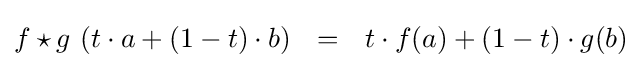
f\star g~(t\cdot a+(1-t)\cdot b)~~=~~t\cdot f(a)+(1-t)\cdot g(b)